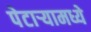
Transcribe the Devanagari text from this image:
पेटार्‍यामध्ये